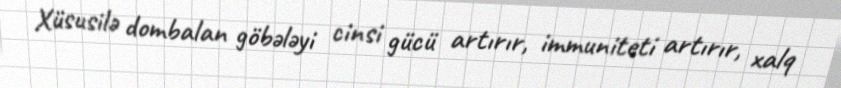
Xüsusilə dombalan göbələyi cinsi gücü artırır, immuniteti artırır, xalq